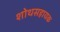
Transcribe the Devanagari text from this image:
शोथसहायक